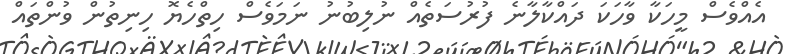
އެއްވެސް މީހަކާ ވާހަކަ ދައްކާލާނެ ފުރުސަތެއް ނުލިބުނު ނަމަވެސް ހިތްހެޔޮ ހިނިތުން ވުންތައް